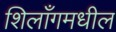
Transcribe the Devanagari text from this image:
शिलाँगमधील